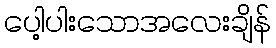
ပေါ့ပါးသောအလေးချိန်